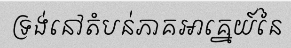
ទ្រង់នៅតំបន់ភាគអាគ្នេយ៍នៃ